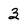
Character: 3